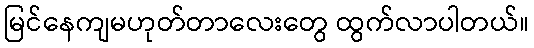
မြင်နေကျမဟုတ်တာလေးတွေ ထွက်လာပါတယ်။